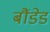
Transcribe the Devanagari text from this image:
बौंडेड